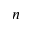
n